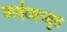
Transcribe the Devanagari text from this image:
कर्तव्यच्युत